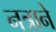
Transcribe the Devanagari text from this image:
नत्राने